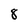
Character: 8